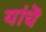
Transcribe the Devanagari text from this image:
यांचॆ